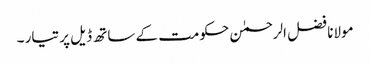
مولانا فضل الرحمٰن حکومت کے ساتھ ڈیل پر تیار ۔